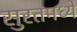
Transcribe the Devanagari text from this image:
सुरतमध्ये